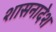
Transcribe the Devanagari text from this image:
शासनादेश